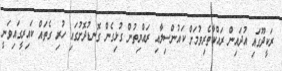
ރަކީދޫގައި އުދައިން ރައްކާތެރިވުމަށް ކައުންސިލާއި ރައްޔިތުން ގުޅިގެން ގޮނޑުދޮށުގައި ހުރި ގެތައް ކައިރީގައިވަނީ